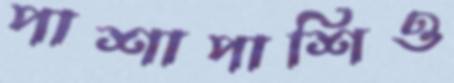
পাশাপাশিও